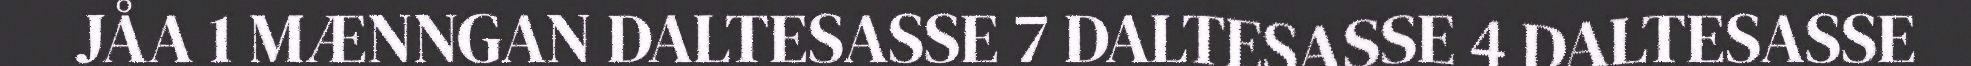
JÅA 1 MÆNNGAN DALTESASSE 7 DALTESASSE 4 DALTESASSE